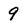
Character: 9